Note on the mental hospitals in Burma - 1925-1940
Year: 1925
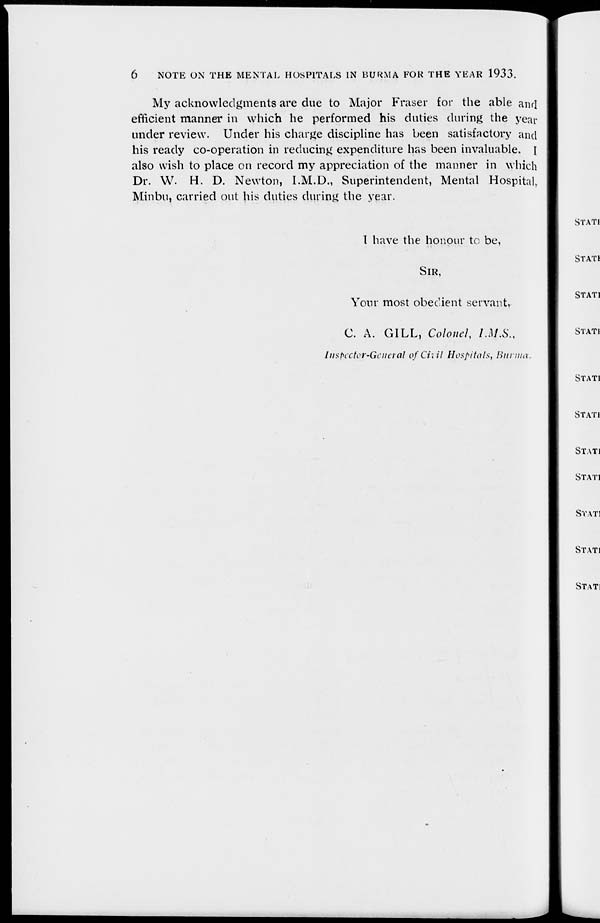
6
NOTE ON THE MENTAL HOSPITALS IN BURMA FOR THE YEAR 1933.
My acknowledgments are due to Major Fraser for the able and
efficient manner in which he performed his duties during the year
under review. Under his charge discipline has been satisfactory and
his ready co-operation in reducing expenditure has been invaluable. I
also wish to place on record my appreciation of the manner in which
Dr. W. H. D. Newton, I.M.D., Superintendent, Mental Hospital,
Minbu, carried out his duties during the year.
I have the honour to be,
SIR,
Your most obedient servant,
C. A. GILL, Colonel, I.M.S.,
Inspector-General of Civil Hospitals, Burma.